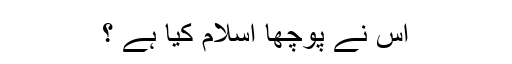
اس نے پوچھا اسلام کیا ہے ؟